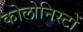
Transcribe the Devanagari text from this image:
कोलोनिस्टों